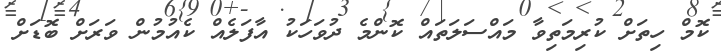
ކޮމް ހިތަށް ކުރިމަތިވާ މައްސަލަތައް ކޮންމެ ދުވަހަކު އާފަލެއް ކެއުމުން ވަރަށް ބޮޑަށް